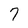
Character: 7